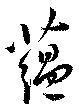
蘊